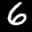
Label: 6